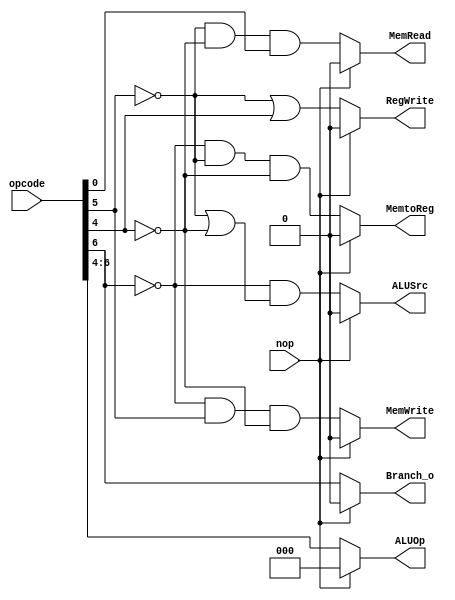
// Spec:
//
// RegWrite (    ): x00xxxx, x01xxxx, x11xxxx
// MemtoReg ( lw ): x00xxxx
//  MemRead ( lw ): x00xxxx
// MemWrite ( sw ): 010xxxx
//    ALUOp (    ):
//   ALUSrc (    ): x00xxxx, x01xxxx, x10xxxx
// Branch_o (    ): 1xxxxxx

// wire    PowerOn = opcode[1] & opcode[0];

module Control
(
    input  [6:0]    opcode,
    input           nop,

    output          RegWrite,
    output          MemtoReg,
    output          MemRead,
    output          MemWrite,
    output [2:0]    ALUOp,
    output          ALUSrc,
    output          Branch_o
);

assign RegWrite = (nop) ? 0 :              ~opcode[5] |  opcode[4];
assign MemtoReg = (nop) ? 0 : ~opcode[6] & ~opcode[5] & ~opcode[4];
assign  MemRead = (nop) ? 0 :              ~opcode[5] & ~opcode[4] & opcode[0];
assign MemWrite = (nop) ? 0 : ~opcode[6] &  opcode[5] & ~opcode[4];
assign    ALUOp = (nop) ? 0 : opcode[6:4];
assign   ALUSrc = (nop) ? 0 : ~opcode[6] & (~opcode[5] | ~opcode[4]);
assign Branch_o = (nop) ? 0 :  opcode[6];

endmodule